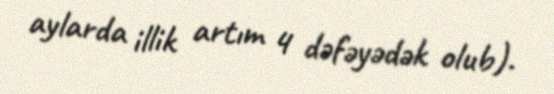
aylarda illik artım 4 dəfəyədək olub).